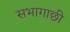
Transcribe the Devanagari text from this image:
सभागाछी